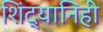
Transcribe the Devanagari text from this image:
शिंद्यानिही